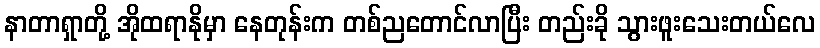
နာတာရှာတို့ အိုထရာနိုမှာ နေတုန်းက တစ်ညတောင်လာပြီး တည်းခို သွားဖူးသေးတယ်လေ